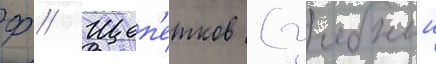
Ф // Щеп'етков (учебныи